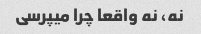
نه، نه واقعا چرا میپرسی